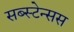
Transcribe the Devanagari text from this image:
सब्स्टेन्सस